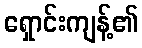
ရှောင်းကျန့်၏